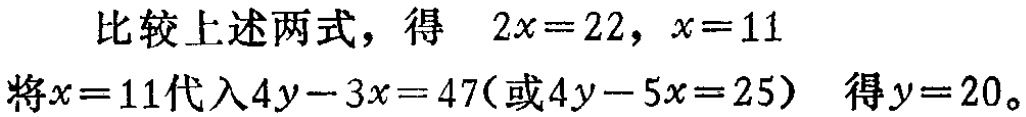
比较上述两式，得 \(2x = 22\)，\(x = 11\)
将\(x = 11\)代入\(4y - 3x = 47\)(或\(4y - 5x = 25\)) 得\(y = 20\)。